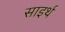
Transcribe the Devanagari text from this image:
साइर्थ